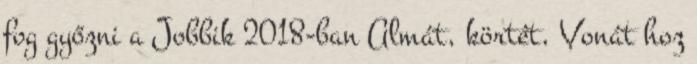
fog győzni a Jobbik 2018-ban Almát, körtét, Vonát hoz